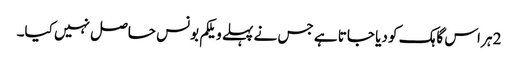
2 ہر اس گاہک کو دیا جاتا ہے جس نے پہلے ویلکم بونس حاصل نہیں کیا۔